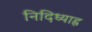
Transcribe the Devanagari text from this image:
निदिध्याह्न